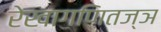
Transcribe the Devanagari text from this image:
रेखागणितज्ञ